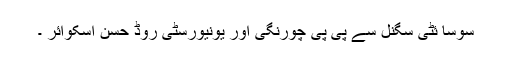
سوسا ئٹی سگنل سے پی پی چورنگی اور یونیورسٹی روڈ حسن اسکوائر ۔